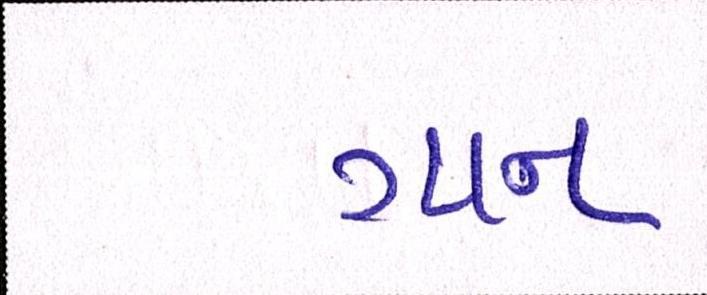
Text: ગાન